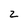
Character: 2